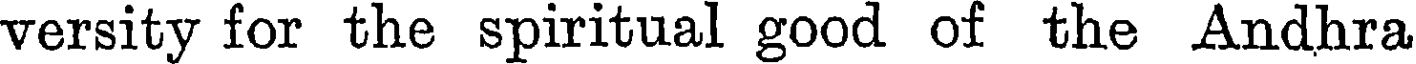
versity for the spiritual good of the Andhra